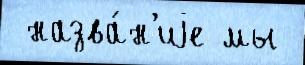
 назва́н'иjе мы